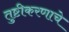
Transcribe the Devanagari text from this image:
तुष्टीकरणाचे